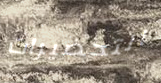
التحضيرات